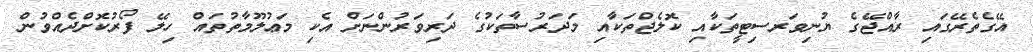
އޭގެތެރޭގައި ރާއްޖޭގެ ޔުނިވަރސިޓީތަކާއި ކޮލެޖްތަކާއި މަދަރުސާތަކުގެ ދަރިވަރުންނަށް އެކި މަޢުލޫމާތުތައް ހިލޭ ފޯރުކޮށްދެއްވުން